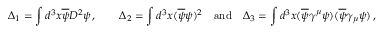
\Delta _ { 1 } = \int d ^ { 3 } x \overline { { \psi } } D ^ { 2 } \psi \, , \qquad \Delta _ { 2 } = \int d ^ { 3 } x ( \overline { { \psi } } \psi ) ^ { 2 } \quad \mathrm { a n d } \quad \Delta _ { 3 } = \int d ^ { 3 } x ( \overline { { \psi } } \gamma ^ { \mu } \psi ) ( \overline { { \psi } } \gamma _ { \mu } \psi ) \, ,